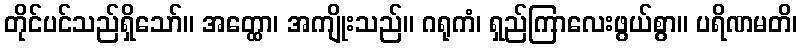
တိုင်ပင်သည်ရှိသော်။ အတ္ထော၊ အကျိုးသည်။ ဂရုကံ၊ ရှည်ကြာလေးဖွယ်စွာ။ ပရိဏမတိ၊